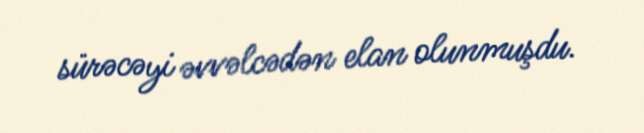
sürəcəyi əvvəlcədən elan olunmuşdu.